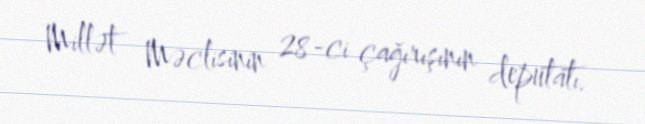
Millət Məclisinin 28-ci çağırışının deputatı.